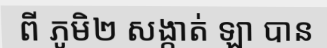
ពី ភូមិ២ សង្កាត់ ឡា បាន